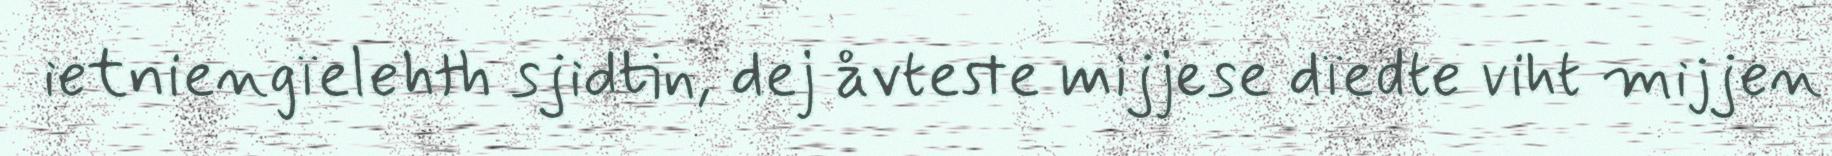
ietniengïelehth sjidtin, dej åvteste mijjese dïedte viht mijjen